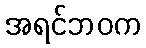
အရင်ဘဝက